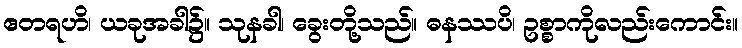
ဧတရဟိ၊ ယခုအခါ၌။ သုနခါ၊ ခွေးတို့သည်။ ဓနဿပိ၊ ဥစ္စာကိုလည်းကောင်း။